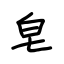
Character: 皂